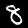
Digit: 8